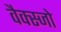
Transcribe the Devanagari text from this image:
वैक्स्जो